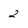
Character: 2